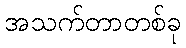
အသက်တာတစ်ခု